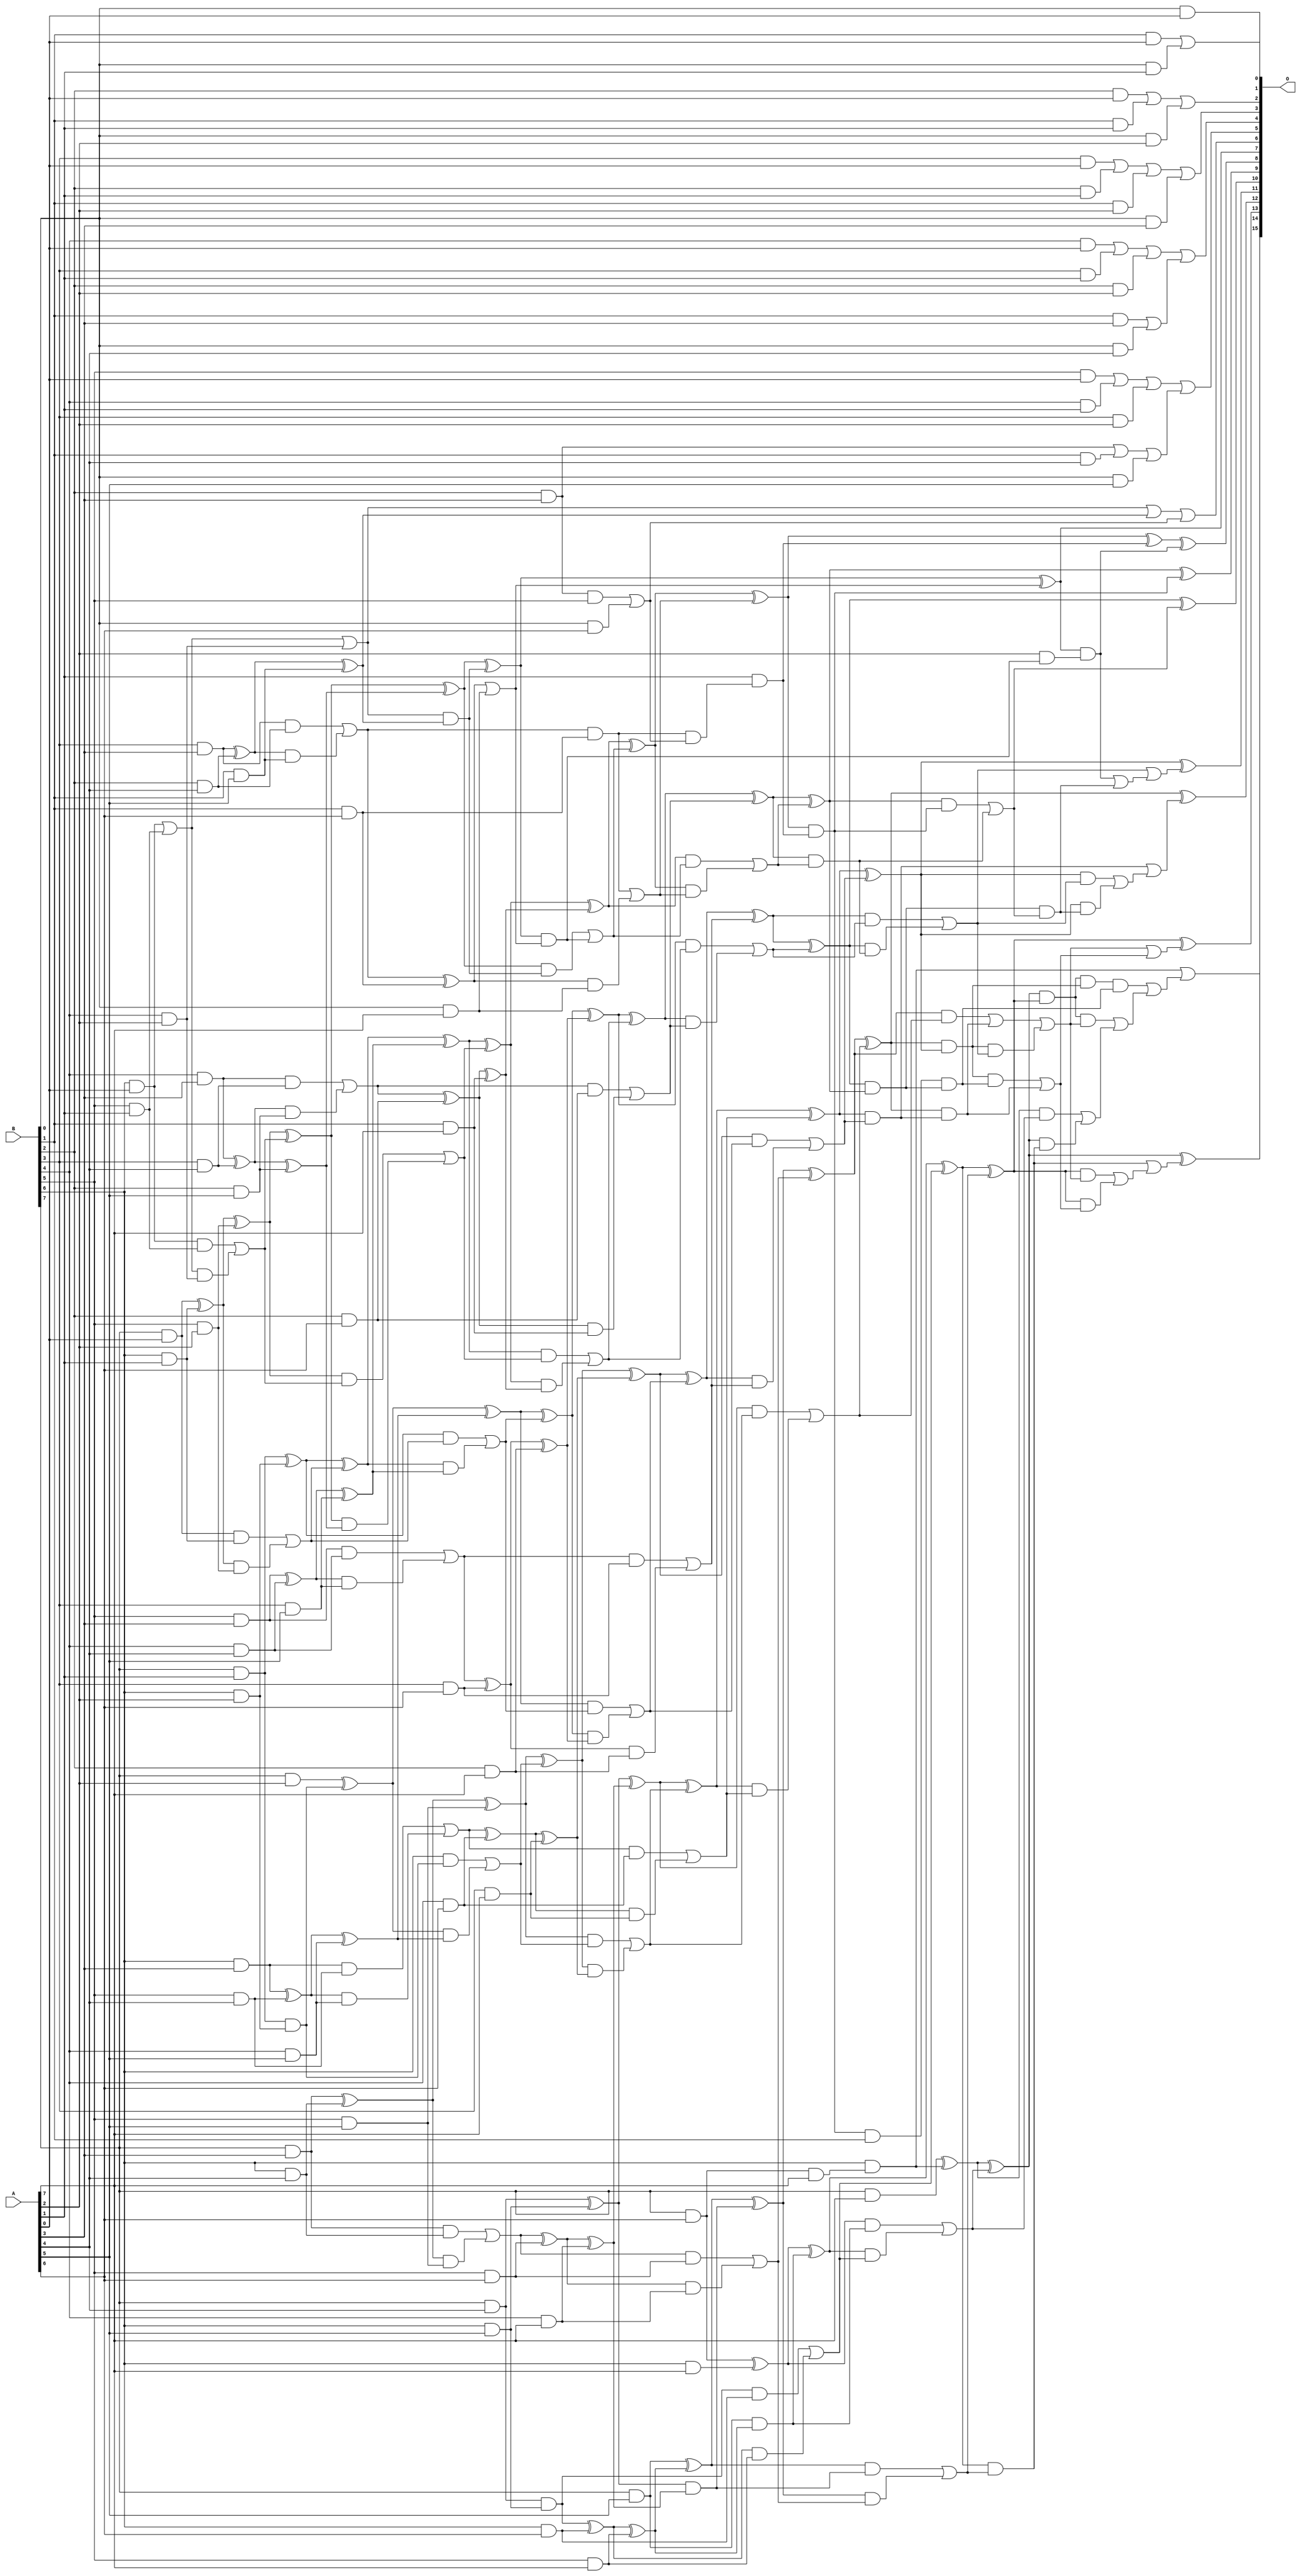
/***
* This code is a part of EvoApproxLib library (ehw.fit.vutbr.cz/approxlib) distributed under The MIT License.
* When used, please cite the following article(s): V. Mrazek, R. Hrbacek, Z. Vasicek and L. Sekanina, "EvoApprox8b: Library of approximate adders and multipliers for circuit design and benchmarking of approximation methods". Design, Automation & Test in Europe Conference & Exhibition (DATE), 2017, Lausanne, 2017, pp. 258-261. doi: 10.23919/DATE.2017.7926993 
* This file contains a circuit from a sub-set of pareto optimal circuits with respect to the pwr and mre parameters
***/
// MAE% = 0.059 %
// MAE = 38 
// WCE% = 0.45 %
// WCE = 292 
// WCRE% = 43.56 %
// EP% = 69.26 %
// MRE% = 0.80 %
// MSE = 3147 
// PDK45_PWR = 0.304 mW
// PDK45_AREA = 590.4 um2
// PDK45_DELAY = 1.13 ns

module mul8u_ZFB (
    A,
    B,
    O
);

input [7:0] A;
input [7:0] B;
output [15:0] O;

wire sig_16,sig_17,sig_18,sig_19,sig_20,sig_21,sig_22,sig_23,sig_24,sig_25,sig_26,sig_27,sig_28,sig_29,sig_30,sig_31,sig_32,sig_33,sig_34,sig_35;
wire sig_36,sig_37,sig_38,sig_39,sig_40,sig_41,sig_42,sig_43,sig_44,sig_45,sig_46,sig_47,sig_48,sig_49,sig_50,sig_51,sig_52,sig_53,sig_54,sig_55;
wire sig_56,sig_57,sig_58,sig_59,sig_60,sig_61,sig_62,sig_63,sig_64,sig_65,sig_66,sig_67,sig_68,sig_69,sig_70,sig_71,sig_72,sig_73,sig_74,sig_75;
wire sig_76,sig_77,sig_78,sig_79,sig_80,sig_82,sig_85,sig_87,sig_90,sig_92,sig_95,sig_97,sig_100,sig_102,sig_103,sig_104,sig_105,sig_106,sig_107,sig_108;
wire sig_109,sig_110,sig_111,sig_112,sig_113,sig_114,sig_116,sig_117,sig_119,sig_121,sig_122,sig_123,sig_124,sig_125,sig_126,sig_127,sig_128,sig_129,sig_130,sig_131;
wire sig_132,sig_133,sig_134,sig_135,sig_136,sig_137,sig_138,sig_139,sig_140,sig_141,sig_142,sig_143,sig_144,sig_145,sig_146,sig_147,sig_153,sig_158,sig_163,sig_166;
wire sig_168,sig_170,sig_171,sig_172,sig_173,sig_174,sig_175,sig_176,sig_177,sig_178,sig_179,sig_180,sig_181,sig_182,sig_183,sig_184,sig_185,sig_187,sig_188,sig_189;
wire sig_190,sig_191,sig_192,sig_193,sig_194,sig_195,sig_196,sig_197,sig_198,sig_199,sig_200,sig_201,sig_202,sig_203,sig_204,sig_205,sig_206,sig_207,sig_208,sig_209;
wire sig_210,sig_211,sig_212,sig_213,sig_214,sig_215,sig_216,sig_217,sig_218,sig_230,sig_231,sig_233,sig_234,sig_235,sig_236,sig_237,sig_238,sig_239,sig_240,sig_241;
wire sig_242,sig_243,sig_244,sig_245,sig_246,sig_247,sig_248,sig_249,sig_250,sig_251,sig_252,sig_253,sig_254,sig_255,sig_256,sig_262,sig_264,sig_268,sig_269,sig_270;
wire sig_271,sig_272,sig_273,sig_274,sig_275,sig_276,sig_277,sig_278,sig_279,sig_280,sig_281,sig_282,sig_283,sig_284,sig_285,sig_286,sig_287,sig_288,sig_289,sig_290;
wire sig_291,sig_292,sig_293,sig_294,sig_295,sig_296,sig_297,sig_298,sig_299,sig_305,sig_306,sig_307,sig_308,sig_309,sig_310,sig_311,sig_312,sig_313,sig_314,sig_315;
wire sig_316,sig_317,sig_318,sig_319,sig_353,sig_356,sig_358,sig_363,sig_367,sig_368,sig_370,sig_372,sig_374,sig_378,sig_382,sig_383,sig_389,sig_390,sig_391,sig_401;
wire sig_402,sig_404,sig_405,sig_407,sig_409,sig_411,sig_425,sig_432,sig_434,sig_435,sig_437,sig_448,sig_451,sig_452,sig_456,sig_457,sig_463,sig_464,sig_498,sig_499;
wire sig_500,sig_501,sig_502,sig_503,sig_504,sig_505;

assign sig_16 = B[0] & A[0];
assign sig_17 = B[1] & A[0];
assign sig_18 = B[2] & A[0];
assign sig_19 = B[3] & A[0];
assign sig_20 = B[4] & A[0];
assign sig_21 = B[5] & A[0];
assign sig_22 = B[6] & A[0];
assign sig_23 = B[7] & A[0];
assign sig_24 = B[0] & A[1];
assign sig_25 = B[1] & A[1];
assign sig_26 = B[2] & A[1];
assign sig_27 = B[3] & A[1];
assign sig_28 = B[4] & A[1];
assign sig_29 = B[5] & A[1];
assign sig_30 = B[6] & A[1];
assign sig_31 = B[7] & A[1];
assign sig_32 = B[0] & A[2];
assign sig_33 = B[1] & A[2];
assign sig_34 = B[2] & A[2];
assign sig_35 = B[3] & A[2];
assign sig_36 = B[4] & A[2];
assign sig_37 = B[5] & A[2];
assign sig_38 = B[6] & A[2];
assign sig_39 = B[7] & A[2];
assign sig_40 = B[0] & A[3];
assign sig_41 = B[1] & A[3];
assign sig_42 = B[2] & A[3];
assign sig_43 = B[3] & A[3];
assign sig_44 = B[4] & A[3];
assign sig_45 = B[5] & A[3];
assign sig_46 = B[6] & A[3];
assign sig_47 = B[7] & A[3];
assign sig_48 = B[0] & A[4];
assign sig_49 = B[1] & A[4];
assign sig_50 = B[2] & A[4];
assign sig_51 = B[3] & A[4];
assign sig_52 = B[4] & A[4];
assign sig_53 = B[5] & A[4];
assign sig_54 = B[6] & A[4];
assign sig_55 = B[7] & A[4];
assign sig_56 = B[0] & A[5];
assign sig_57 = B[1] & A[5];
assign sig_58 = B[2] & A[5];
assign sig_59 = B[3] & A[5];
assign sig_60 = B[4] & A[5];
assign sig_61 = B[5] & A[5];
assign sig_62 = B[6] & A[5];
assign sig_63 = B[7] & A[5];
assign sig_64 = B[0] & A[6];
assign sig_65 = B[1] & A[6];
assign sig_66 = B[2] & A[6];
assign sig_67 = B[3] & A[6];
assign sig_68 = B[4] & A[6];
assign sig_69 = B[5] & A[6];
assign sig_70 = B[6] & A[6];
assign sig_71 = B[7] & A[6];
assign sig_72 = B[0] & A[7];
assign sig_73 = B[1] & A[7];
assign sig_74 = B[2] & A[7];
assign sig_75 = B[3] & A[7];
assign sig_76 = B[4] & A[7];
assign sig_77 = B[5] & A[7];
assign sig_78 = B[6] & A[7];
assign sig_79 = B[7] & A[7];
assign sig_80 = sig_17 | sig_24;
assign sig_82 = sig_18 | sig_25;
assign sig_85 = sig_82 | sig_32;
assign sig_87 = sig_19 | sig_26;
assign sig_90 = sig_87 | sig_33;
assign sig_92 = sig_20 | sig_27;
assign sig_95 = sig_92 | sig_34;
assign sig_97 = sig_21 | sig_28;
assign sig_100 = sig_97 | sig_35;
assign sig_102 = sig_22 | sig_29;
assign sig_103 = sig_22 & sig_29;
assign sig_104 = sig_102 & sig_36;
assign sig_105 = sig_102 | sig_36;
assign sig_106 = sig_103 | sig_104;
assign sig_107 = sig_23 ^ sig_30;
assign sig_108 = sig_23 & sig_30;
assign sig_109 = sig_107 & sig_37;
assign sig_110 = sig_107 ^ sig_37;
assign sig_111 = sig_108 | sig_109;
assign sig_112 = sig_31 & sig_38;
assign sig_113 = sig_31 ^ sig_38;
assign sig_114 = sig_41 | sig_48;
assign sig_116 = sig_42 | sig_49;
assign sig_117 = sig_42 & B[5];
assign sig_119 = sig_116 | sig_56;
assign sig_121 = sig_43 ^ sig_50;
assign sig_122 = sig_43 & sig_50;
assign sig_123 = sig_121 & sig_57;
assign sig_124 = sig_121 ^ sig_57;
assign sig_125 = sig_122 | sig_123;
assign sig_126 = sig_44 ^ sig_51;
assign sig_127 = sig_44 & sig_51;
assign sig_128 = sig_126 & sig_58;
assign sig_129 = sig_126 ^ sig_58;
assign sig_130 = sig_127 | sig_128;
assign sig_131 = sig_45 ^ sig_52;
assign sig_132 = sig_45 & sig_52;
assign sig_133 = sig_131 & sig_59;
assign sig_134 = sig_131 ^ sig_59;
assign sig_135 = sig_132 | sig_133;
assign sig_136 = sig_46 ^ sig_53;
assign sig_137 = sig_46 & sig_53;
assign sig_138 = sig_136 & sig_60;
assign sig_139 = sig_136 ^ sig_60;
assign sig_140 = sig_137 | sig_138;
assign sig_141 = sig_47 ^ sig_54;
assign sig_142 = sig_47 & sig_54;
assign sig_143 = sig_141 & sig_61;
assign sig_144 = sig_141 ^ sig_61;
assign sig_145 = sig_142 | sig_143;
assign sig_146 = sig_55 & sig_62;
assign sig_147 = sig_55 ^ sig_62;
assign sig_153 = sig_90 | sig_40;
assign sig_158 = sig_95 | sig_114;
assign sig_163 = sig_100 | sig_119;
assign sig_166 = sig_105 & sig_124;
assign sig_168 = sig_105 | sig_124;
assign sig_170 = sig_110 ^ sig_106;
assign sig_171 = sig_110 & sig_106;
assign sig_172 = sig_170 & sig_129;
assign sig_173 = sig_170 ^ sig_129;
assign sig_174 = sig_171 | sig_172;
assign sig_175 = sig_113 ^ sig_111;
assign sig_176 = sig_113 & sig_111;
assign sig_177 = sig_175 & sig_134;
assign sig_178 = sig_175 ^ sig_134;
assign sig_179 = sig_176 | sig_177;
assign sig_180 = sig_39 ^ sig_112;
assign sig_181 = B[6] & sig_112;
assign sig_182 = sig_180 & sig_139;
assign sig_183 = sig_180 ^ sig_139;
assign sig_184 = sig_181 | sig_182;
assign sig_185 = sig_117 | sig_64;
assign sig_187 = sig_125 ^ sig_65;
assign sig_188 = sig_125 & sig_65;
assign sig_189 = sig_187 & sig_72;
assign sig_190 = sig_187 | sig_72;
assign sig_191 = sig_188 | sig_189;
assign sig_192 = sig_130 ^ sig_66;
assign sig_193 = sig_130 & sig_66;
assign sig_194 = sig_192 & sig_73;
assign sig_195 = sig_192 ^ sig_73;
assign sig_196 = sig_193 | sig_194;
assign sig_197 = sig_135 ^ sig_67;
assign sig_198 = sig_135 & sig_67;
assign sig_199 = sig_197 & sig_74;
assign sig_200 = sig_197 ^ sig_74;
assign sig_201 = sig_198 | sig_199;
assign sig_202 = sig_140 ^ sig_68;
assign sig_203 = sig_140 & sig_68;
assign sig_204 = sig_202 & sig_75;
assign sig_205 = sig_202 ^ sig_75;
assign sig_206 = sig_203 | sig_204;
assign sig_207 = sig_145 ^ sig_69;
assign sig_208 = sig_145 & sig_69;
assign sig_209 = sig_207 & sig_76;
assign sig_210 = sig_207 ^ sig_76;
assign sig_211 = sig_208 | sig_209;
assign sig_212 = sig_146 ^ sig_70;
assign sig_213 = sig_146 & sig_70;
assign sig_214 = sig_212 & sig_77;
assign sig_215 = sig_212 ^ sig_77;
assign sig_216 = sig_213 | sig_214;
assign sig_217 = sig_71 & A[7];
assign sig_218 = sig_71 ^ sig_78;
assign sig_230 = sig_188 & sig_185;
assign sig_231 = sig_168 | sig_185;
assign sig_233 = sig_173 ^ sig_166;
assign sig_234 = sig_173 & sig_166;
assign sig_235 = sig_233 & sig_190;
assign sig_236 = sig_233 ^ sig_190;
assign sig_237 = sig_234 | sig_235;
assign sig_238 = sig_178 ^ sig_174;
assign sig_239 = sig_178 & sig_174;
assign sig_240 = sig_238 & sig_195;
assign sig_241 = sig_238 ^ sig_195;
assign sig_242 = sig_239 | sig_240;
assign sig_243 = sig_183 ^ sig_179;
assign sig_244 = sig_183 & sig_179;
assign sig_245 = sig_243 & sig_200;
assign sig_246 = sig_243 ^ sig_200;
assign sig_247 = sig_244 | sig_245;
assign sig_248 = sig_144 ^ sig_184;
assign sig_249 = sig_144 & sig_184;
assign sig_250 = sig_248 & sig_205;
assign sig_251 = sig_248 ^ sig_205;
assign sig_252 = sig_249 | sig_250;
assign sig_253 = sig_147 & sig_210;
assign sig_254 = sig_147 ^ sig_210;
assign sig_255 = sig_63 & sig_215;
assign sig_256 = sig_63 ^ sig_215;
assign sig_262 = A[2] & sig_235;
assign sig_264 = A[1] & sig_230;
assign sig_268 = sig_241 ^ sig_237;
assign sig_269 = sig_241 & sig_237;
assign sig_270 = sig_268 & sig_191;
assign sig_271 = sig_268 ^ sig_191;
assign sig_272 = sig_269 | sig_270;
assign sig_273 = sig_246 ^ sig_242;
assign sig_274 = sig_246 & sig_242;
assign sig_275 = sig_273 & sig_196;
assign sig_276 = sig_273 ^ sig_196;
assign sig_277 = sig_274 | sig_275;
assign sig_278 = sig_251 ^ sig_247;
assign sig_279 = sig_251 & sig_247;
assign sig_280 = sig_278 & sig_201;
assign sig_281 = sig_278 ^ sig_201;
assign sig_282 = sig_279 | sig_280;
assign sig_283 = sig_254 ^ sig_252;
assign sig_284 = sig_254 & sig_252;
assign sig_285 = sig_283 & sig_206;
assign sig_286 = sig_283 ^ sig_206;
assign sig_287 = sig_284 | sig_285;
assign sig_288 = sig_256 ^ sig_253;
assign sig_289 = sig_256 & sig_253;
assign sig_290 = sig_288 & sig_211;
assign sig_291 = sig_288 ^ sig_211;
assign sig_292 = sig_289 | sig_290;
assign sig_293 = sig_218 ^ sig_255;
assign sig_294 = sig_218 & sig_255;
assign sig_295 = sig_293 & sig_216;
assign sig_296 = sig_293 ^ sig_216;
assign sig_297 = sig_294 | sig_295;
assign sig_298 = B[6] & sig_217;
assign sig_299 = sig_79 ^ sig_298;
assign sig_305 = sig_236 & sig_262;
assign sig_306 = sig_271 ^ sig_264;
assign sig_307 = sig_271 & sig_264;
assign sig_308 = sig_276 ^ sig_272;
assign sig_309 = sig_276 & sig_272;
assign sig_310 = sig_281 ^ sig_277;
assign sig_311 = sig_281 & sig_277;
assign sig_312 = sig_286 ^ sig_282;
assign sig_313 = sig_286 & sig_282;
assign sig_314 = sig_291 ^ sig_287;
assign sig_315 = sig_291 & sig_287;
assign sig_316 = sig_296 ^ sig_292;
assign sig_317 = sig_296 & sig_292;
assign sig_318 = sig_299 ^ sig_297;
assign sig_319 = sig_299 & sig_297;
assign sig_353 = sig_308 & sig_307;
assign sig_356 = sig_353 | sig_309;
assign sig_358 = sig_310 & sig_308;
assign sig_363 = sig_358 & sig_356;
assign sig_367 = sig_310 & sig_309;
assign sig_368 = sig_311 | sig_367;
assign sig_370 = sig_305 | sig_363;
assign sig_372 = sig_368 | sig_370;
assign sig_374 = sig_307 & B[1];
assign sig_378 = sig_312 & sig_363;
assign sig_382 = sig_374 & sig_358;
assign sig_383 = sig_312 & sig_368;
assign sig_389 = sig_383 | sig_378;
assign sig_390 = sig_313 | sig_389;
assign sig_391 = sig_314 & sig_312;
assign sig_401 = sig_391 & sig_382;
assign sig_402 = sig_391 & sig_368;
assign sig_404 = sig_314 & sig_313;
assign sig_405 = sig_315 | sig_404;
assign sig_407 = sig_401 | sig_404;
assign sig_409 = sig_405 | sig_402;
assign sig_411 = sig_409 | sig_407;
assign sig_425 = sig_316 & sig_409;
assign sig_432 = sig_316 & sig_407;
assign sig_434 = sig_425 | sig_432;
assign sig_435 = sig_317 | sig_434;
assign sig_437 = sig_318 & sig_316;
assign sig_448 = sig_437 & sig_391;
assign sig_451 = sig_448 & sig_382;
assign sig_452 = sig_437 & sig_409;
assign sig_456 = sig_318 & sig_317;
assign sig_457 = sig_319 | sig_456;
assign sig_463 = sig_452 | sig_457;
assign sig_464 = sig_451 | sig_463;
assign sig_498 = sig_306 ^ sig_305;
assign sig_499 = sig_308 ^ sig_307;
assign sig_500 = sig_310 ^ sig_356;
assign sig_501 = sig_312 ^ sig_372;
assign sig_502 = sig_314 ^ sig_390;
assign sig_503 = sig_316 ^ sig_411;
assign sig_504 = sig_318 ^ sig_435;
assign sig_505 = sig_298 | sig_464;

assign O[15] = sig_505;
assign O[14] = sig_504;
assign O[13] = sig_503;
assign O[12] = sig_502;
assign O[11] = sig_501;
assign O[10] = sig_500;
assign O[9] = sig_499;
assign O[8] = sig_498;
assign O[7] = sig_236;
assign O[6] = sig_231;
assign O[5] = sig_163;
assign O[4] = sig_158;
assign O[3] = sig_153;
assign O[2] = sig_85;
assign O[1] = sig_80;
assign O[0] = sig_16;

endmodule